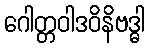
ဂေါတ္တဝါဒဝိနိဗဒ္ဓါ